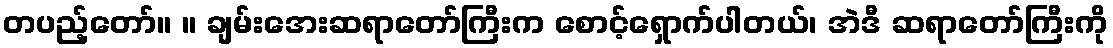
တပည့်တော်။ ။ ချမ်းအေးဆရာတော်ကြီးက စောင့်ရှောက်ပါတယ်၊ အဲဒီ ဆရာတော်ကြီးကို